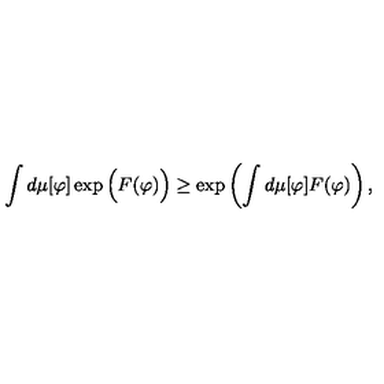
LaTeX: \int d \mu [ \varphi ] \exp \Big ( F ( \varphi ) \Big ) \geq \exp \left( \int d \mu [ \varphi ] F ( \varphi ) \right) ,